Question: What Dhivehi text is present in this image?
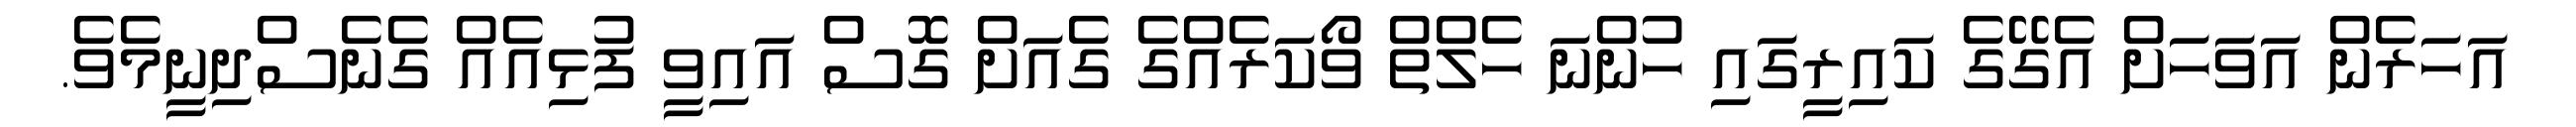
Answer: އަހަރެން އަވަހަށް އެގޭގެ ކައިރީގައި ހުންނަ ހެލްތް ވޯކަރެއްގެ ގެއަށް ގޮސް އައިވީ ފުޅިއެއް ގެނެސްދިނީމެވެ.